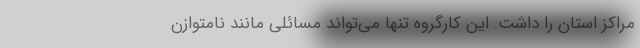
مراکز استان را داشت. این کارگروه تنها می‌تواند مسائلی مانند نامتوازن